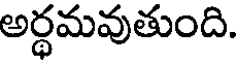
అర్ధమవుతుంది.